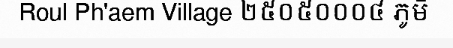
Roul Ph'aem Village ២៥០៥០០០៤ ភូមិ